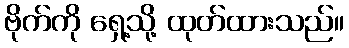
ဗိုက်ကို ရှေ့သို့ ထုတ်ထားသည်။